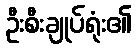
ဦးစီးချုပ်ရုံး၏